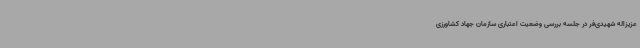
عزیزاله شهیدی‌فر در جلسه بررسی وضعیت اعتباری سازمان جهاد کشاورزی